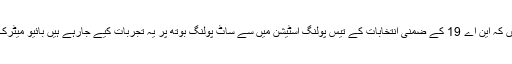
انہوں نے کہا کہ بائیو میٹرک سسٹم تجرباتی بنیادوں پر کررہے ہیں کہ این اے 19 کے ضمنی انتخابات کے تیس پولنگ اسٹیشن میں سے ساٹ پولنگ بوتھ پر یہ تجربات کیے جارہے ہیں بائیو میٹرک نظام کیلئے پی ٹی اے ‘ نادرا اور یو فون کی معاونت حاصل ہے۔